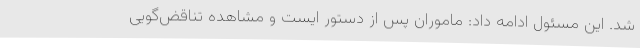
شد. این مسئول ادامه داد: ماموران پس از دستور ایست و مشاهده تناقض‌گویی